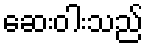
ဆေးဝါးသည်